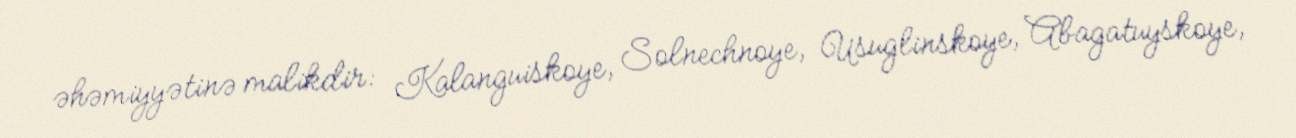
əhəmiyyətinə malikdir: Kalanguiskoye, Solnechnoye, Usuglinskoye, Abagatuyskoye,